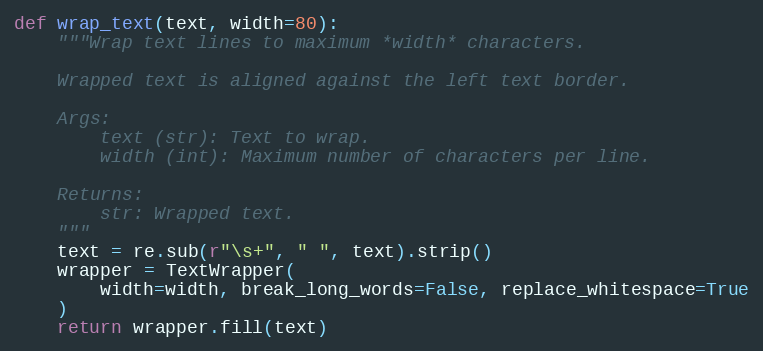
Language: Python
def wrap_text(text, width=80):
    """Wrap text lines to maximum *width* characters.

    Wrapped text is aligned against the left text border.

    Args:
        text (str): Text to wrap.
        width (int): Maximum number of characters per line.

    Returns:
        str: Wrapped text.
    """
    text = re.sub(r"\s+", " ", text).strip()
    wrapper = TextWrapper(
        width=width, break_long_words=False, replace_whitespace=True
    )
    return wrapper.fill(text)